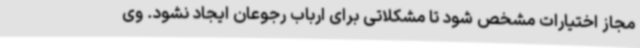
مجاز اختیارات مشخص شود تا مشکلاتی برای ارباب رجوعان ایجاد نشود. وی